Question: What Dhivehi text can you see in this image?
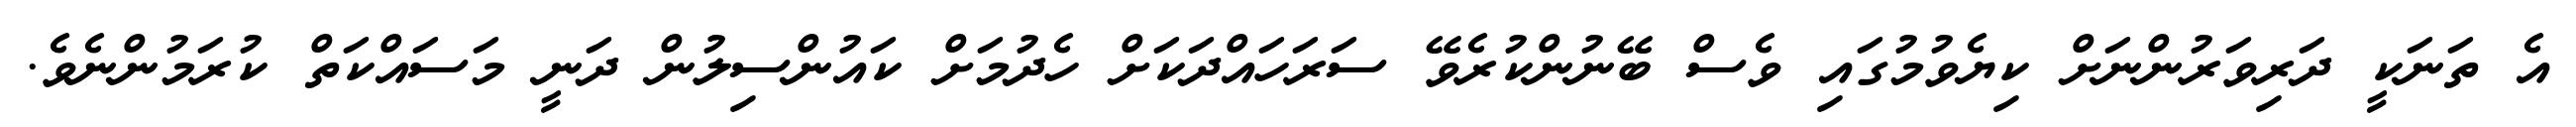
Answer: އެ ތަނަކީ ދަރިވަރުންނަށް ކިޔެވުމުގައި ވެސް ބޭނުންކުރެވޭ ސަރަހައްދަކަށް ހެދުމަށް ކައުންސިލުން ދަނީ މަސައްކަތް ކުރަމުންނެވެ.